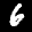
Label: 6